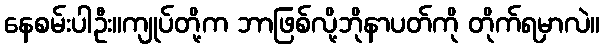
နေစမ်းပါဦး။ကျုပ်တို့က ဘာဖြစ်လို့ဘိုနာပတ်ကို တိုက်ရမှာလဲ။